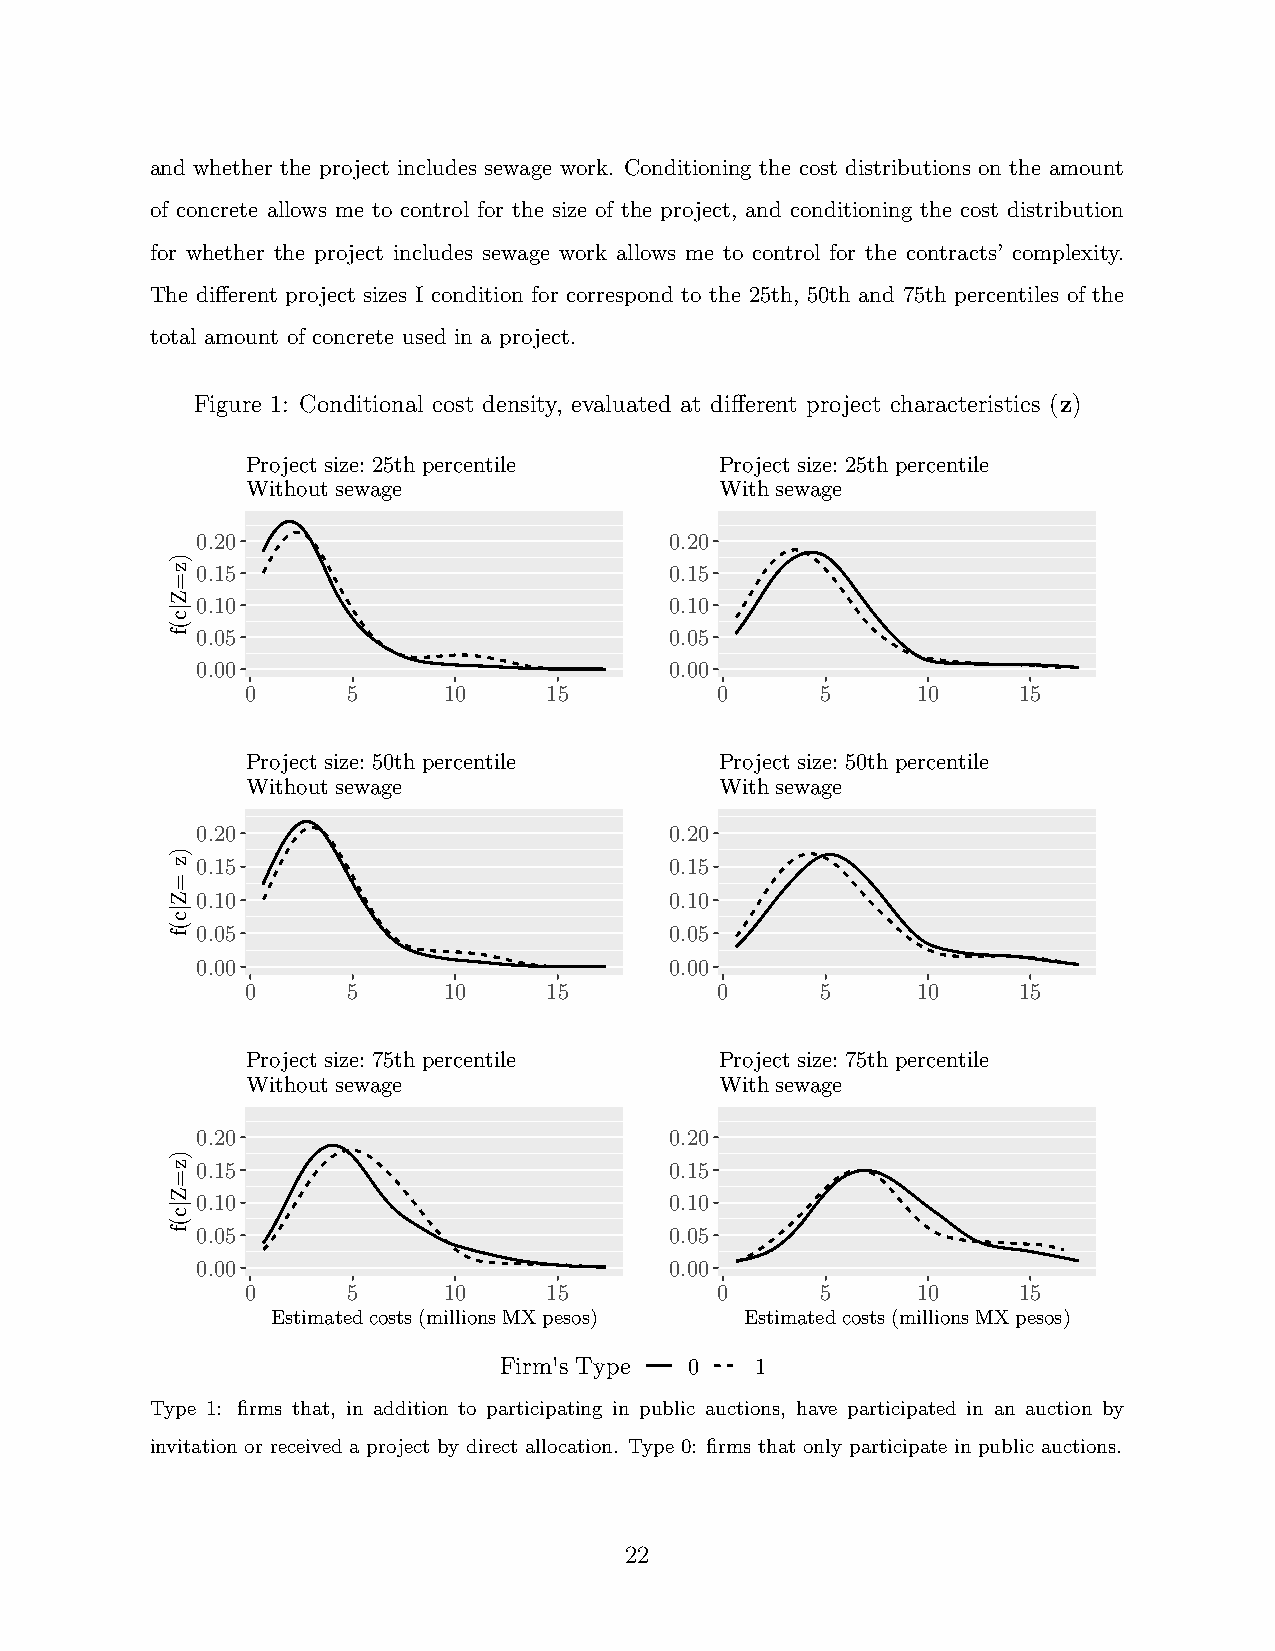
and whether the project includes sewage work. Conditioning the cost distributions on the amount
 of concrete allows me to control for the size of the project, and conditioning the cost distribution
 for whether the project includes sewage work allows me to control for the contracts’ complexity.
 The different project sizes I condition for correspond to the 25th, 50th and 75th percentiles of the
 total amount of concrete used in a project.
 Figure 1: Conditional cost density, evaluated at different project characteristics (z)
 Project size: 25th percentile   Project size: 25th percentile
 Without sewage                  With sewage
 0.20                           0.20
 0.15                           0.15
 0.10                           0.10
 0.05                           0.05
 0.00                           0.00
 0      5     10     15          0     5      10    15
 Project size: 50th percentile   Project size: 50th percentile
 Without sewage                  With sewage
 0.20                           0.20
 0.15                           0.15
 0.10                           0.10
 0.05                           0.05
 0.00                           0.00
 0      5     10     15          0     5      10    15
 Project size: 75th percentile   Project size: 75th percentile
 Without sewage                  With sewage
 0.20                           0.20
 0.15                           0.15
 0.10                           0.10
 0.05                           0.05
 0.00                           0.00
 0      5     10     15          0     5      10    15
 Estimated costs (millions MX pesos) Estimated costs (millions MX pesos)
 Firm's Type  0   1
 Type 1: firms that, in addition to participating in public auctions, have participated in an auction by
 invitation or received a project by direct allocation. Type 0: firms that only participate in public auctions.
 22
 )z=Z|c(f
 )z
 =Z|c(f
 )z=Z|c(f